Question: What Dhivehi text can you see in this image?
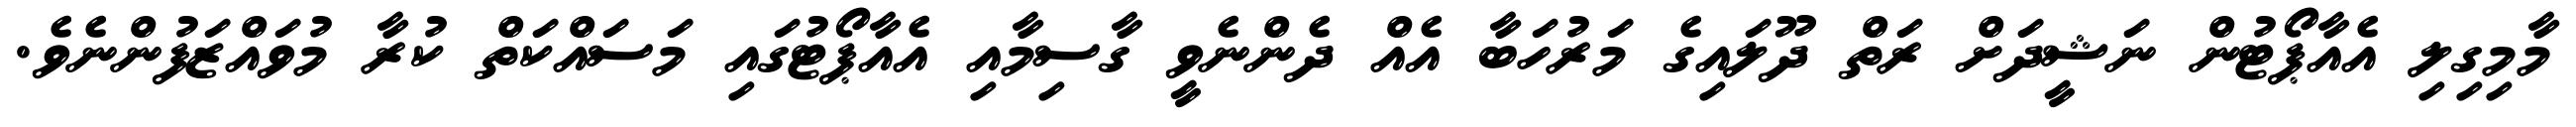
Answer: މާމިގިލި އެއާޕޯޓުން ނަޝީދަށް ރަތް ދޫލައިގެ މަރުހަބާ އެއް ދެންނެވީ ގާސިމާއި އެއާޕޯޓުގައި މަސައްކަތް ކުރާ މުވައްޒަފުންނެވެ.